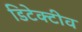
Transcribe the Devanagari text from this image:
डिटेक्टीव